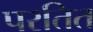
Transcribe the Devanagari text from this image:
परतित